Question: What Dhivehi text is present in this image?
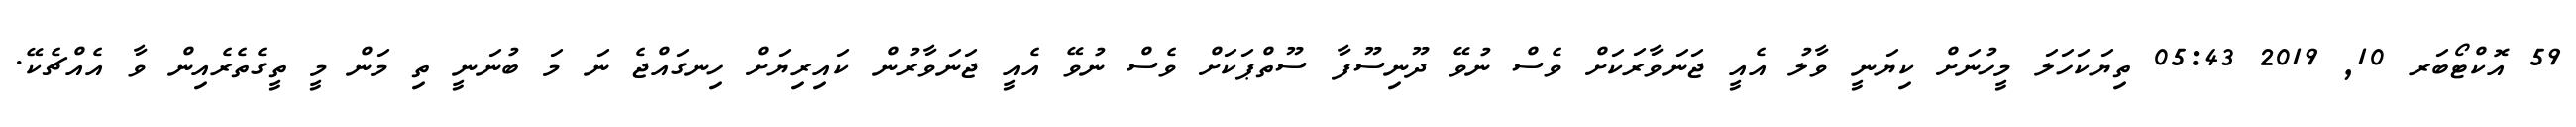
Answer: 59 އޮކްޓޯބަރ 10, 2019 05:43 ތިޔަކަހަލަ މީހުނަށް ކިޔަނީ ވާލު އެއީ ޖަނަވާރަކަށް ވެސް ނުވޭ ދޫނިސޫފާ ސޫތްޕަކަށް ވެސް ނުވޭ އެއީ ޖަނަވާރުން ކައިރިޔަށް ހިނގައްޖެ ނަ މަ ބުނަނީ ތި މަން މީ ތީގެތެރެއިން ވާ އެއްޗެކޭ.